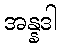
အန္နဒါ